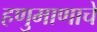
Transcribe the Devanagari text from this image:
हणुमाणाचे